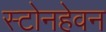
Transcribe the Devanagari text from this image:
स्टोनहेवन